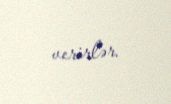
verirlər.